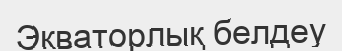
Экваторлық белдеу